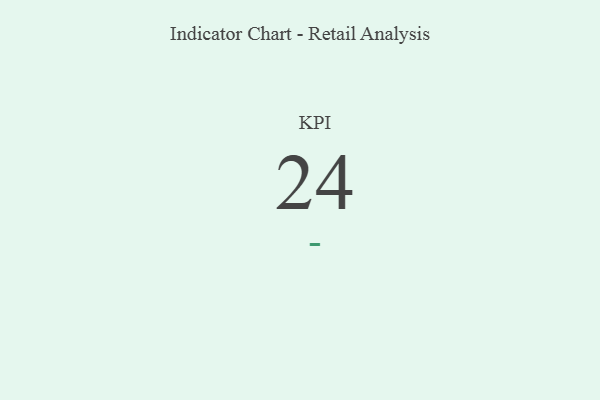
{"axis": {"x": "KPI", "y": "Value"}, "legend": [""], "data": [{"x": "KPI", "y": 24, "type": ""}]}